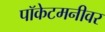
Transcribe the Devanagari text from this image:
पॉकेटमनीवर